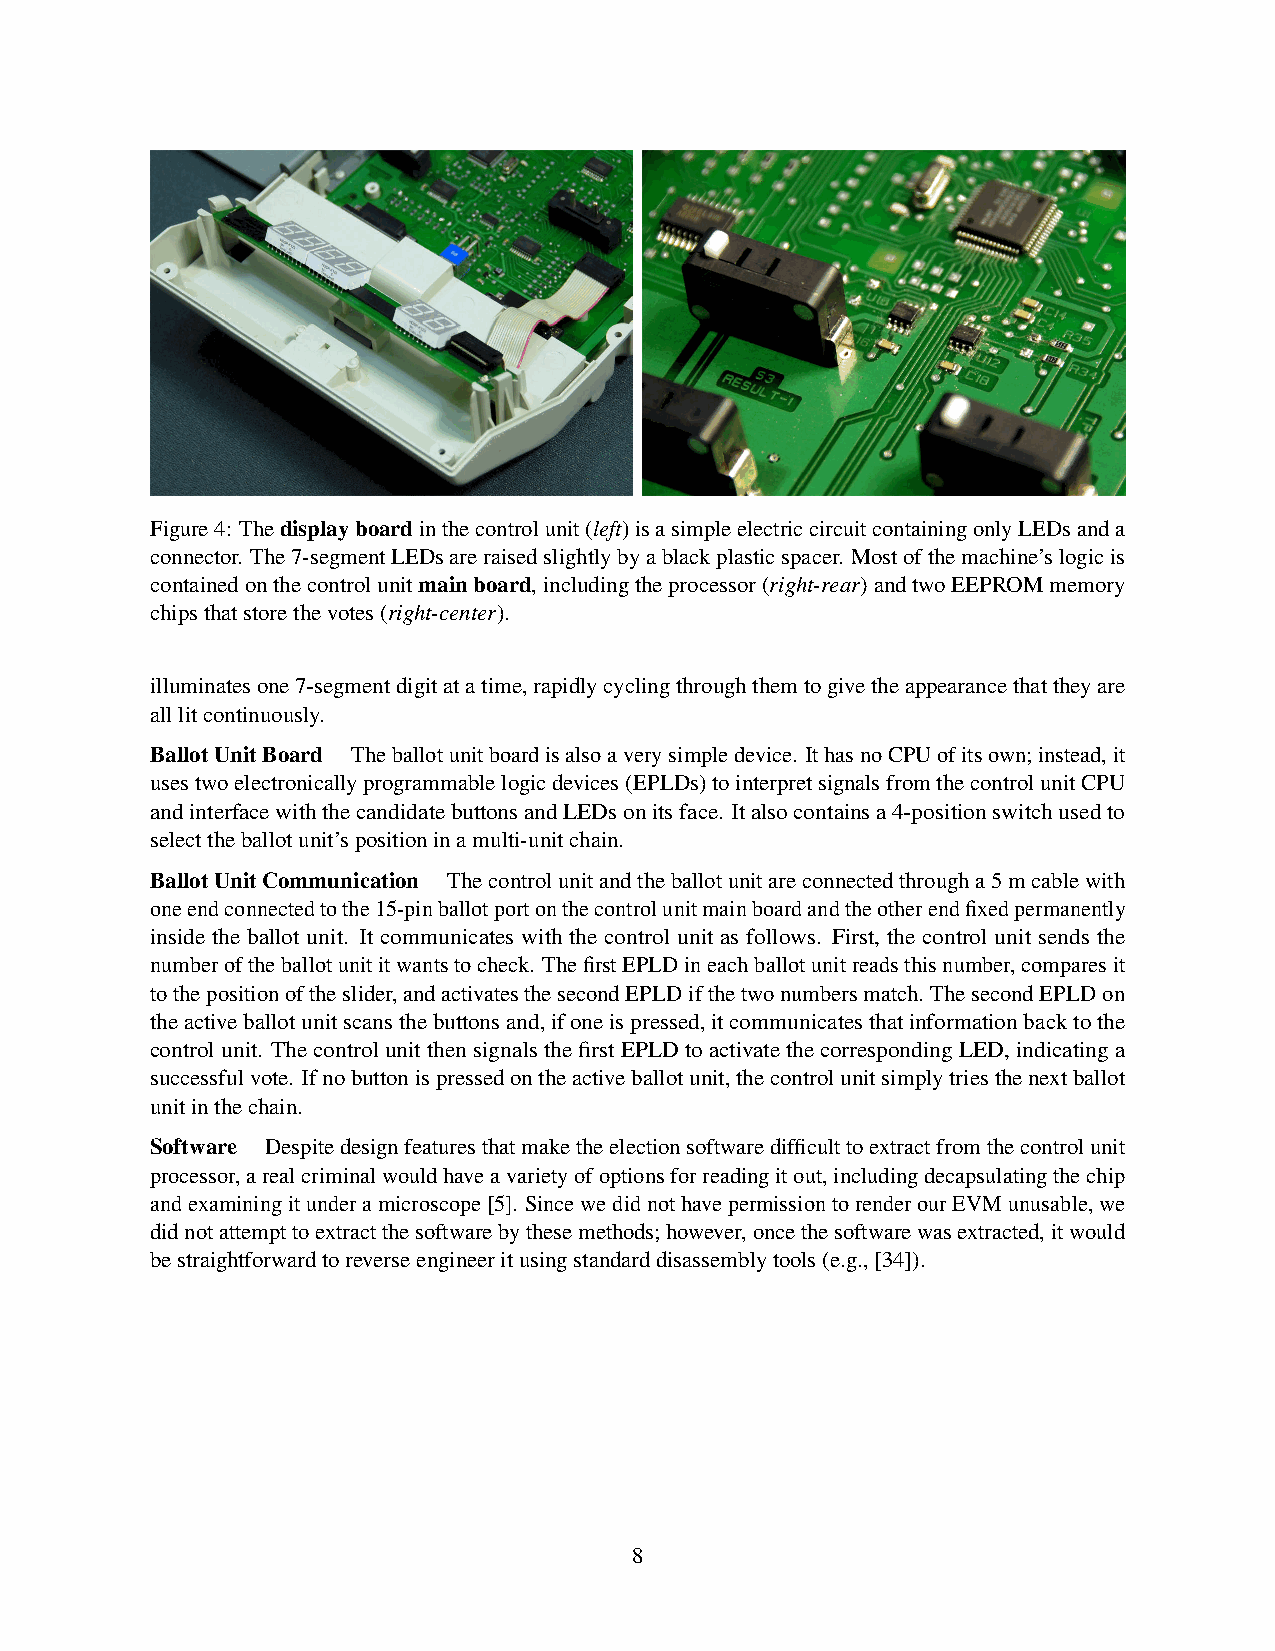
Figure4: Thedisplayboardinthecontrolunit(left)isasimpleelectriccircuitcontainingonlyLEDsanda
 connector. The7-segmentLEDsareraisedslightlybyablackplasticspacer. Mostofthemachine’slogicis
 containedonthecontrolunitmainboard,includingtheprocessor(right-rear)andtwoEEPROMmemory
 chipsthatstorethevotes(right-center).
 illuminatesone7-segmentdigitatatime,rapidlycyclingthroughthemtogivetheappearancethattheyare
 alllitcontinuously.
 BallotUnitBoard Theballotunitboardisalsoaverysimpledevice. IthasnoCPUofitsown;instead,it
 usestwoelectronicallyprogrammablelogicdevices(EPLDs)tointerpretsignalsfromthecontrolunitCPU
 andinterfacewiththecandidatebuttonsandLEDsonitsface. Italsocontainsa4-positionswitchusedto
 selecttheballotunit’spositioninamulti-unitchain.
 BallotUnitCommunication Thecontrolunitandtheballotunitareconnectedthrougha5mcablewith
 oneendconnectedtothe15-pinballotportonthecontrolunitmainboardandtheotherendfixedpermanently
 inside the ballot unit. It communicates with the control unit as follows. First, the control unit sends the
 numberoftheballotunititwantstocheck. ThefirstEPLDineachballotunitreadsthisnumber,comparesit
 tothepositionoftheslider,andactivatesthesecondEPLDifthetwonumbersmatch. ThesecondEPLDon
 theactiveballotunitscansthebuttonsand,ifoneispressed,itcommunicatesthatinformationbacktothe
 controlunit. ThecontrolunitthensignalsthefirstEPLDtoactivatethecorrespondingLED,indicatinga
 successfulvote. Ifnobuttonispressedontheactiveballotunit,thecontrolunitsimplytriesthenextballot
 unitinthechain.
 Software Despitedesignfeaturesthatmaketheelectionsoftwaredifficulttoextractfromthecontrolunit
 processor,arealcriminalwouldhaveavarietyofoptionsforreadingitout,includingdecapsulatingthechip
 andexaminingitunderamicroscope[5]. SincewedidnothavepermissiontorenderourEVMunusable,we
 didnotattempttoextractthesoftwarebythesemethods;however,oncethesoftwarewasextracted,itwould
 bestraightforwardtoreverseengineeritusingstandarddisassemblytools(e.g.,[34]).
 8